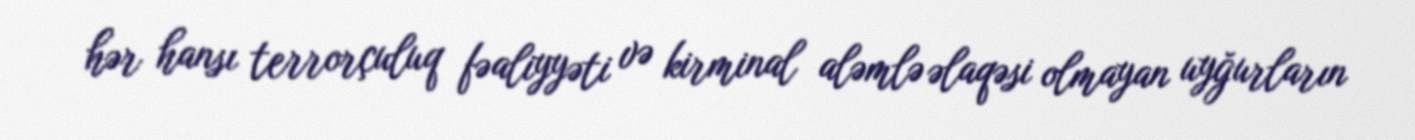
hər hansı terrorçuluq fəaliyyəti və kirminal aləmlə əlaqəsi olmayan uyğurların